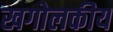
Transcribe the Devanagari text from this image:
खगोलकीय